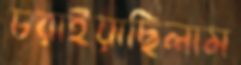
চরাইয়াছিলাম